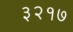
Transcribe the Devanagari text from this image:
३२१७